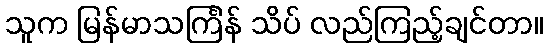
သူက မြန်မာသင်္ကြန် သိပ် လည်ကြည့်ချင်တာ။